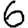
Digit: 6